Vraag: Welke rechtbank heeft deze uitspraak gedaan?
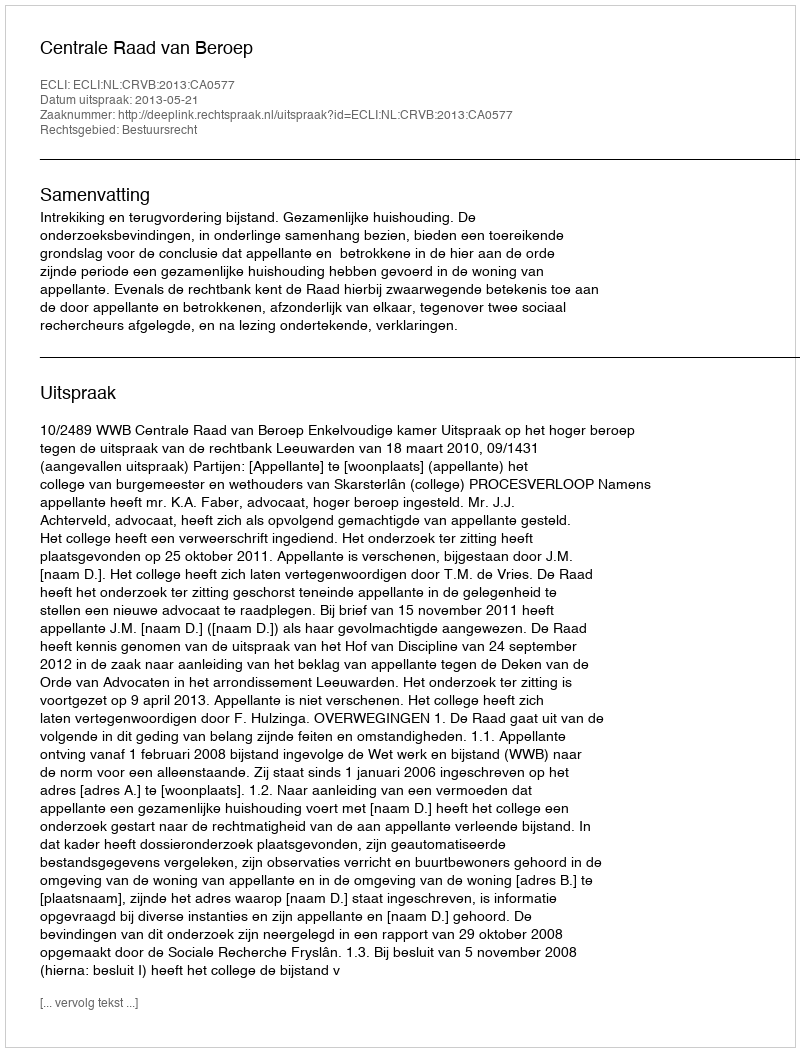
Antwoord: Centrale Raad van Beroep